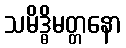
သမိဒ္ဓိမတ္တနော